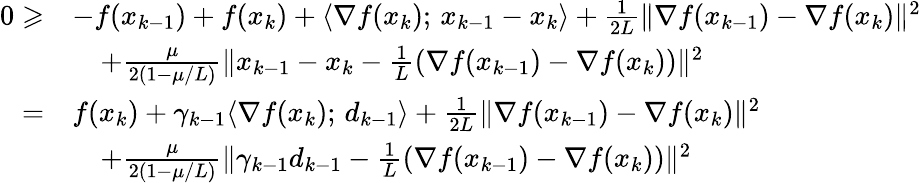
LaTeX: \begin{array}{rl}{0\geqslant}&{-f(x_{k-1})+f(x_{k})+\langle\nabla f(x_{k});\, x_{k-1}-x_{k}\rangle+\frac{1}{2L}\| \nabla f(x_{k-1})-\nabla f(x_{k})\| ^{2}}\\ &{\quad+\frac{\mu}{2(1-\mu/L)}\| x_{k-1}-x_{k}-\frac{1}{L}(\nabla f(x_{k-1})-\nabla f(x_{k}))\| ^{2}}\\ {=}&{f(x_{k})+\gamma_{k-1}\langle\nabla f(x_{k});\, d_{k-1}\rangle+\frac{1}{2L}\| \nabla f(x_{k-1})-\nabla f(x_{k})\| ^{2}}\\ &{\quad+\frac{\mu}{2(1-\mu/L)}\| \gamma_{k-1}d_{k-1}-\frac{1}{L}(\nabla f(x_{k-1})-\nabla f(x_{k}))\| ^{2}}\end{array}